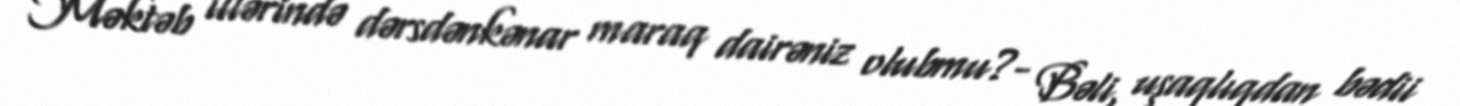
Məktəb illərində dərsdənkənar maraq dairəniz olubmu?- Bəli, uşaqlıqdan bədii